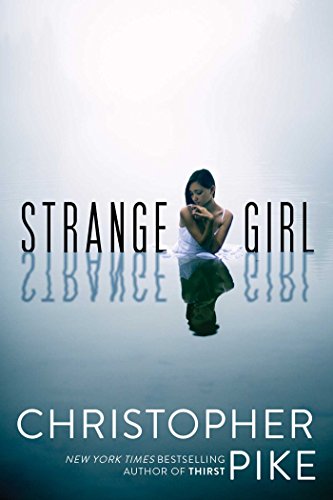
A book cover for Strange Girl; Christopher Pike; Teen & Young Adult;